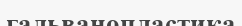
гальванопластика